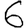
Digit: 6